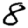
Digit: 8